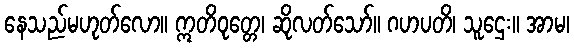
နေသည်မဟုတ်လော။ ဣတိဝုတ္တေ၊ ဆိုလတ်သော်။ ဂဟပတိ၊ သူဌေး။ အာမ၊